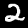
Digit: 2